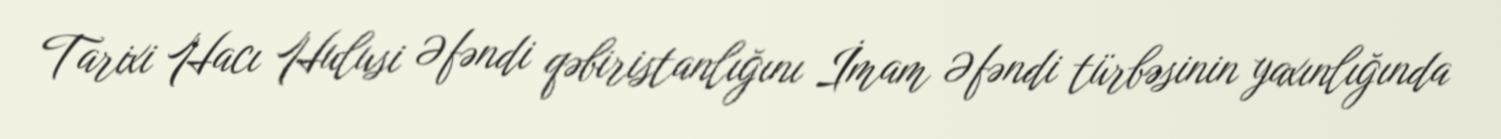
Tarixi Hacı Hulusi Əfəndi qəbiristanlığını İmam Əfəndi türbəsinin yaxınlığında